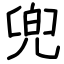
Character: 兜